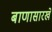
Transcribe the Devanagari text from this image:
बाणासारखे